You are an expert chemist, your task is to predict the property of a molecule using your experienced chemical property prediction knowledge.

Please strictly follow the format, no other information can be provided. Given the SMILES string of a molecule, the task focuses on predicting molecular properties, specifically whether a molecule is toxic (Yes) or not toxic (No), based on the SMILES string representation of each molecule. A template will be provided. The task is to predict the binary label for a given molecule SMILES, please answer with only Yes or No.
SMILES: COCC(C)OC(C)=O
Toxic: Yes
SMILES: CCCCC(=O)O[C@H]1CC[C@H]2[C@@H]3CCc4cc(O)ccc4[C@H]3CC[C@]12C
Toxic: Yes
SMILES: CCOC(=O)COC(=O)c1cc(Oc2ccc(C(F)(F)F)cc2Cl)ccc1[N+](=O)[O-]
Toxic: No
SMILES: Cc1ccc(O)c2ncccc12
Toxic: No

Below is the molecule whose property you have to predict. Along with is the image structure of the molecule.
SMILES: CCc1nn(CCCN2CCN(c3cccc(Cl)c3)CC2)c(=O)n1CCOc1ccccc1
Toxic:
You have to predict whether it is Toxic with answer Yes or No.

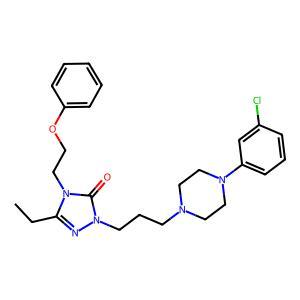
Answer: No